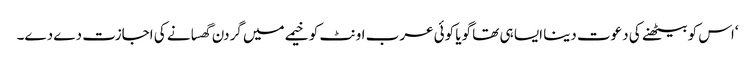
‘اس کو بیٹھنے کی دعوت دینا ایسا ہی تھا گویا کوئی عرب اونٹ کو خیمے میں گردن گھسانے کی اجازت دے دے۔